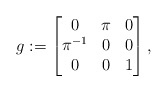
\begin{align*} g :=\begin{bmatrix}0 & \pi & 0\\ \pi^{-1} & 0 & 0\\0 & 0 & 1\end{bmatrix},\end{align*}